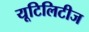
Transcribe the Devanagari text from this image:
यूटिलिटीज